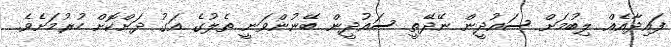
ފައިދާއެއް ލިބުމަށް ސައުދީން ނޭދޭތީ ސައުދީން ބޭނުންވަނީ ތެލުގެ އަގު ދަށްކޮށް ހުރުމަށެވެ.